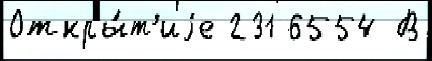
Откры́т'иjе 231 6554 В